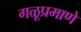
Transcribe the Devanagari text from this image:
गळूप्रमाणे